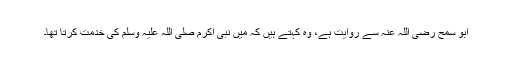
ابو سمح رضی اللہ عنہ سے روایت ہے، وہ کہتے ہیں کہ میں نبی اکرم صلی اللہ علیہ وسلم کی خدمت کرتا تھا۔